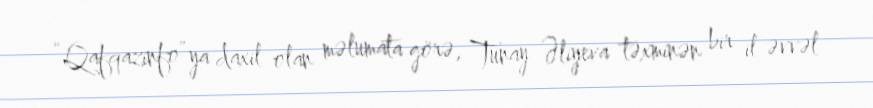
“Qafqazinfo”ya daxil olan məlumata görə, Tunay Əliyeva təxminən bir il əvvəl